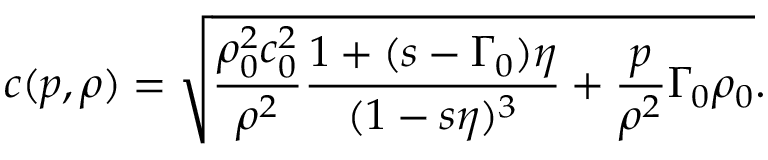
c ( p , \rho ) = \sqrt { \frac { \rho _ { 0 } ^ { 2 } c _ { 0 } ^ { 2 } } { \rho ^ { 2 } } \frac { 1 + ( s - \Gamma _ { 0 } ) \eta } { ( 1 - s \eta ) ^ { 3 } } + \frac { p } { \rho ^ { 2 } } \Gamma _ { 0 } \rho _ { 0 } } .